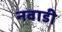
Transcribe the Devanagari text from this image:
नवाडी